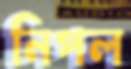
নিপল